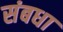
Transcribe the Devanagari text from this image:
संबधा